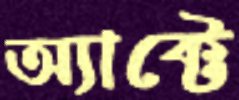
অ্যাক্টে